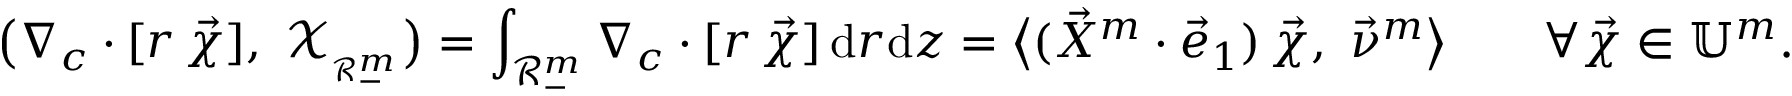
\bigl ( \nabla _ { c } \cdot [ r \, \vec { \chi } ] , ~ \mathscr { X } _ { _ { \mathcal { R } _ { - } ^ { m } } } \bigr ) = \int _ { \mathcal { R } _ { - } ^ { m } } \nabla _ { c } \cdot [ r \, \vec { \chi } ] \, \mathrm { d } r \mathrm { d } z = \bigl \langle ( \vec { X } ^ { m } \cdot \vec { e } _ { 1 } ) \, \vec { \chi } , ~ \vec { \nu } ^ { m } \bigr \rangle \qquad \forall \vec { \chi } \in \mathbb { U } ^ { m } .